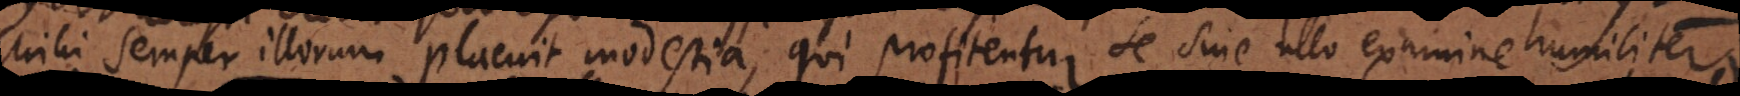
Mihi semper illorum placuit modestia, qui profitentur se sine ullo examine humiliter